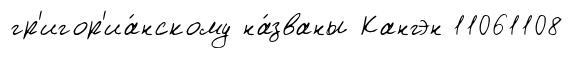
гр'игор'иа́нскому на́званы Кангэн 11061108